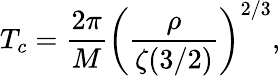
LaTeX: T_{c}={\frac{2\pi}{M}}\left({\frac{\rho}{\zeta(3/2)}}\right)^{2/3},